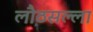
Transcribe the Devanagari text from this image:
लौठसल्ला